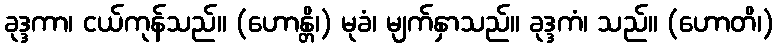
ခုဒ္ဒကာ၊ ငယ်ကုန်သည်။ (ဟောန္တိ၊) မုခံ၊ မျက်နှာသည်။ ခုဒ္ဒကံ၊ သည်။ (ဟောတိ၊)